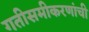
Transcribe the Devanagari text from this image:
गतीसमीकरणांची